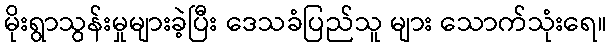
မိုးရွာသွန်းမှုများခဲ့ပြီး ဒေသခံပြည်သူ များ သောက်သုံးရေ။